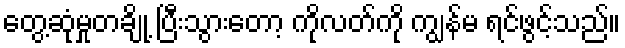
တွေ့ဆုံမှုတချို့ ပြီးသွားတော့ ကိုလတ်ကို ကျွန်မ ရင်ဖွင့်သည်။